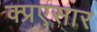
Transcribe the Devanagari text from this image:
क्प्रएसार